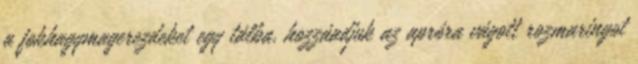
a fokhagymagerezdeket egy tálba, hozzáadjuk az apróra vágott rozmaringot